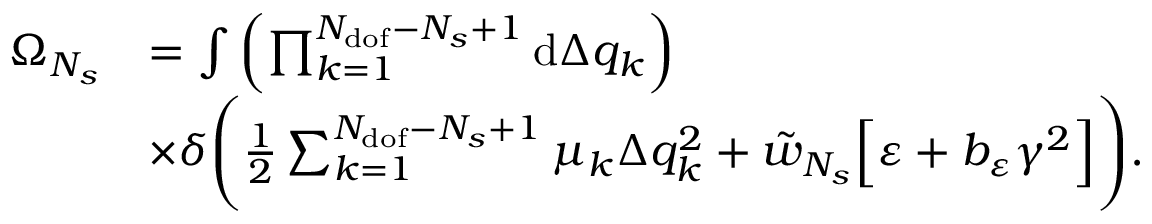
\begin{array} { r l } { \Omega _ { N _ { s } } } & { = \int { \left( \prod _ { k = 1 } ^ { N _ { \mathrm { d o f } } - N _ { s } + 1 } { \mathrm { d } \Delta q _ { k } } \right) } } \\ & { \times \delta \Bigg ( \frac { 1 } { 2 } \sum _ { k = 1 } ^ { N _ { \mathrm { d o f } } - N _ { s } + 1 } { \mu _ { k } \Delta q _ { k } ^ { 2 } } + \tilde { w } _ { N _ { s } } \Big [ \varepsilon + b _ { \varepsilon } \gamma ^ { 2 } \Big ] \Bigg ) . } \end{array}